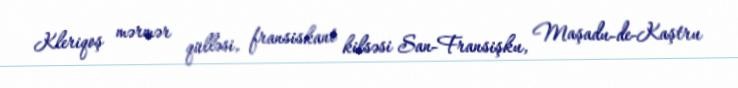
Kleriqoş mərmər qülləsi, fransiskant kilsəsi San-Fransişku, Maşadu-de-Kaştru